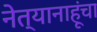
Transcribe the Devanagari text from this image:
नेत्यानाहूंचा